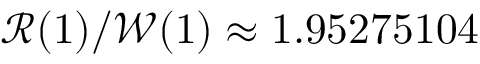
\mathcal { R } ( 1 ) / \mathcal { W } ( 1 ) \approx 1 . 9 5 2 7 5 1 0 4